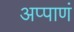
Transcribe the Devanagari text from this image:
अप्पाणं